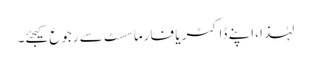
لہٰذا ،اپنے ڈاکٹر یا فارماسسٹ سے رجوع کیجئے۔